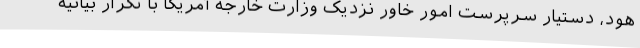
هود، دستیار سرپرست امور خاور نزدیک وزارت خارجه آمریکا با تکرار بیانیه